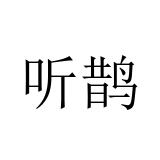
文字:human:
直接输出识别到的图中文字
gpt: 听鹊